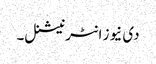
دی نیوز انٹرنیشنل۔